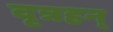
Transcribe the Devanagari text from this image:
वृत्रहन्